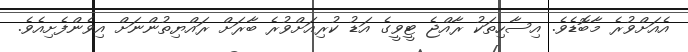
އެއަށްވުރެ މާބޮޑެވެ. އިސާހިތަކު ރާއްޖެ ޓީވީގެ އަޑު ކުރިއަށްވުރެ ބާރަށް ރައްޔިތުންނަށް އިވެންފެށިއެވެ.